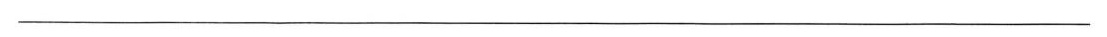
__________________________________________